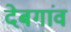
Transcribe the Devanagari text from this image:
देबगांव